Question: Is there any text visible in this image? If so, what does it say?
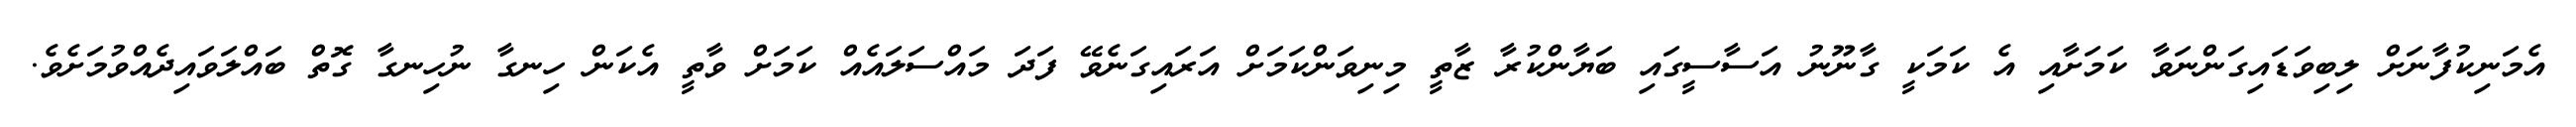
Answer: އެމަނިކުފާނަށް ލިބިވަޑައިގަންނަވާ ކަމަށާއި އެ ކަމަކީ ގާނޫނު އަސާސީގައި ބަޔާންކުރާ ޒާތީ މިނިވަންކަމަށް އަރައިގަނެވޭ ފަދަ މައްސަލައެއް ކަމަށް ވާތީ އެކަން ހިނގާ ނުހިނގާ ގޮތް ބައްލަވައިދެއްވުމަށެވެ.